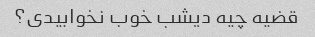
قضیه چیه دیشب خوب نخوابیدی؟